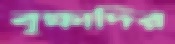
বৃক্ষাদির